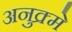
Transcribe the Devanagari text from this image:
अनुक्र्मे